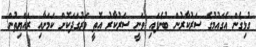
ގުޅިގެން އެގައުމުގެ ސަރުކާރުން ބުނެފައި ވަނީ ސަރުކާރު އޮތީ ވަރުގަދަކޮށް ކަމަށާއި ރައްޔިތުން